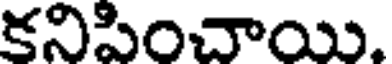
కనిపించాయి.